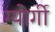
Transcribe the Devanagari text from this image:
ग्योर्गी